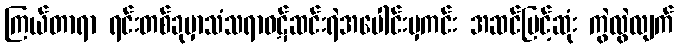
ကြယ်တာရာ ရင်းတစ်ခုမှာသံသရာဝဋ်ဆင်းရဲအပေါင်းမှကင်း အဆင်မြင့်ဆုံး ကွဲလွဲလျက်